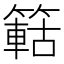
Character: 䉐